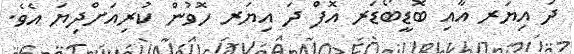
ދަ އިޔަރ އާއި ބޮޑީބޯޑަރ އޮފް ދަ އިޔަރ ހޮވުން ކުރިއަށްދިޔަ އެވެ.